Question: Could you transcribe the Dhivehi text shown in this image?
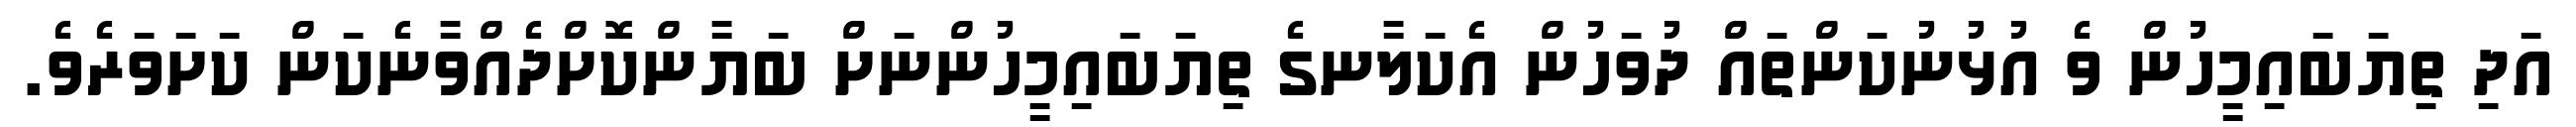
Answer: އަދި ތިޔަބައިމީހުން ވެ އުޅުނުކަންތައް ދުވަހުން އެކަލާނގެ ތިޔަބައިމީހުންނަށް ބަޔާންކޮށްދެއްވާނެކަން ކަށަވަރެވެ.